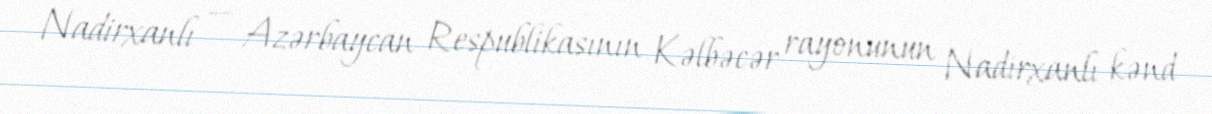
Nadirxanlı — Azərbaycan Respublikasının Kəlbəcər rayonunun Nadirxanlı kənd